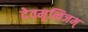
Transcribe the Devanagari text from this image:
देवमृत्विजम्